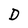
Character: D